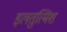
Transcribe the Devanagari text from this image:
इलतुत्मिश